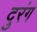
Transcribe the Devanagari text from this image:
दुरंग